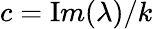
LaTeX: c={\mathrm{I}m}(\lambda)/k